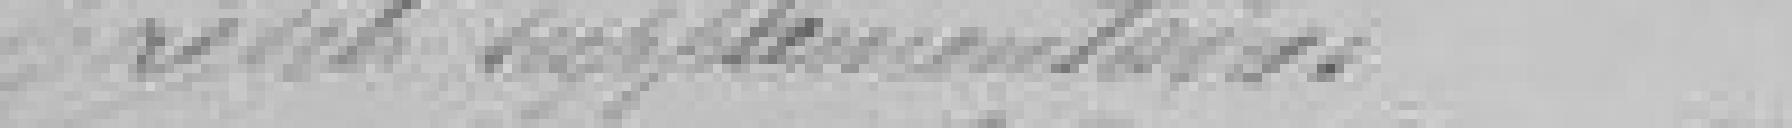
Crédits supplémentaires